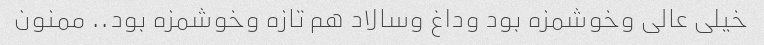
خیلی عالی وخوشمزه بود وداغ وسالاد هم تازه وخوشمزه بود.. ممنون